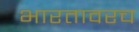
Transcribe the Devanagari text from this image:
भारतावरच